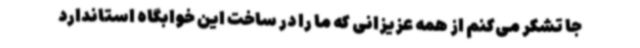
جا تشکر می‌کنم از همه عزیزانی که ما را در ساخت این خوابگاه استاندارد